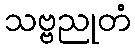
သဗ္ဗညုတံ